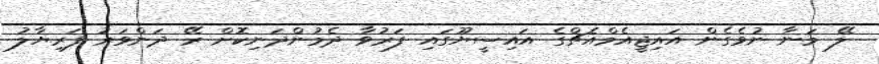
ލޭ މަނާ ނުވެގެން އައިޖީއެމްއެޗްގެ އައިސީޔޫގައި ފަރުވާ ދެމުންދަނިކޮށް ރޭ ދަންވަރު ފަރިޔާލު